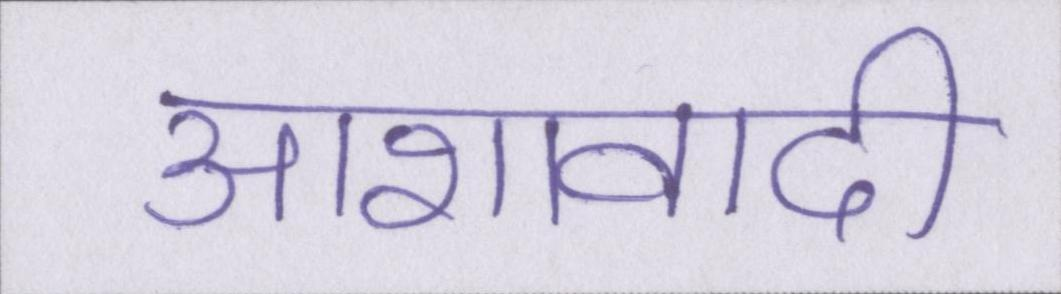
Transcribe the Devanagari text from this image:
आशावादी